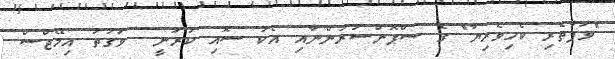
"ވަފާތެރި ކެހިވެރިޔާ" ގެ ސްޕޮންސަރުންނާއި އެކު ސޮއި ކުރަނީ  ވަގުތު އިމޭޖްސް